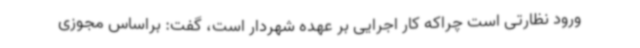
ورود نظارتی است چراکه کار اجرایی بر عهده شهردار است، گفت: براساس مجوزی